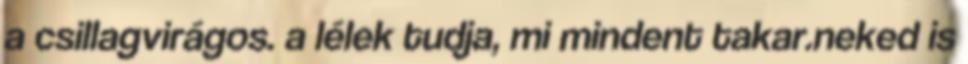
a csillagvirágos. a lélek tudja, mi mindent takar.neked is